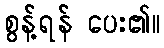
စွန့်ရန် ပေး၏။